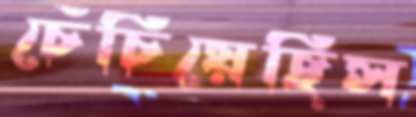
চেঁচিয়েছিস